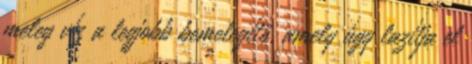
meleg víz a legjobb bemelegítő, amely úgy lazítja el